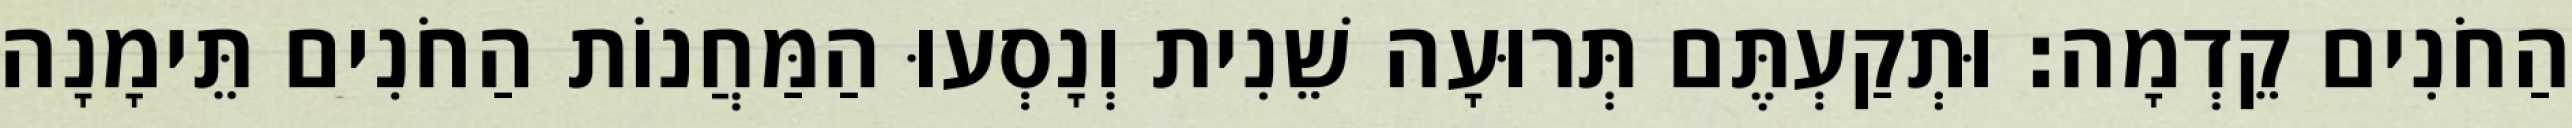
הַחֹנִים קֵדְמָה׃ וּתְקַעְתֶּם תְּרוּעָה שֵׁנִית וְנָסְעוּ הַמַּחֲנוֹת הַחֹנִים תֵּימָנָה